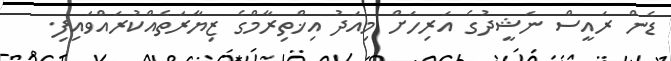
ޑެން ރައީސް ނަޝީދުގެ އަރިހަށް މިއަދު އިޚްތިރާމްގެ ޒިޔާރަތެއްކުރައްވައިފި.